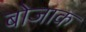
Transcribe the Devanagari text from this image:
बोजाक